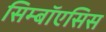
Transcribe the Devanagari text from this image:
सिम्बॉएसिस